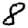
Digit: 8